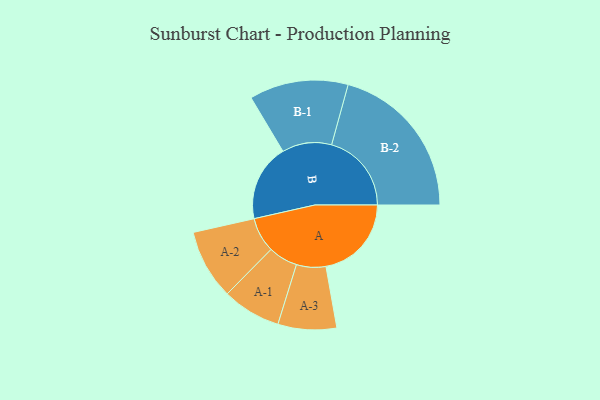
{"axis": {"x": "Segment", "y": "Value"}, "legend": ["", "A", "B"], "data": [{"x": "A", "y": 318, "type": ""}, {"x": "B", "y": 286, "type": ""}, {"x": "A-1", "y": 109, "type": "A"}, {"x": "A-2", "y": 130, "type": "A"}, {"x": "A-3", "y": 109, "type": "A"}, {"x": "B-1", "y": 184, "type": "B"}, {"x": "B-2", "y": 297, "type": "B"}]}